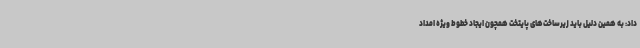
داد: به همین دلیل باید زیرساخت‌های پایتخت همچون ایجاد خطوط ویژه امداد